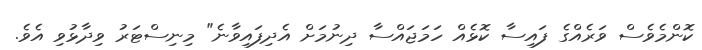
ކޮންމެވެސް ވަރެއްގެ ފައިސާ ކޮޅެއް ހަމަޖައްސާ ދިނުމަށް އެދިފައިވާނެ" މިނިސްޓަރު ވިދާޅުވި އެވެ.